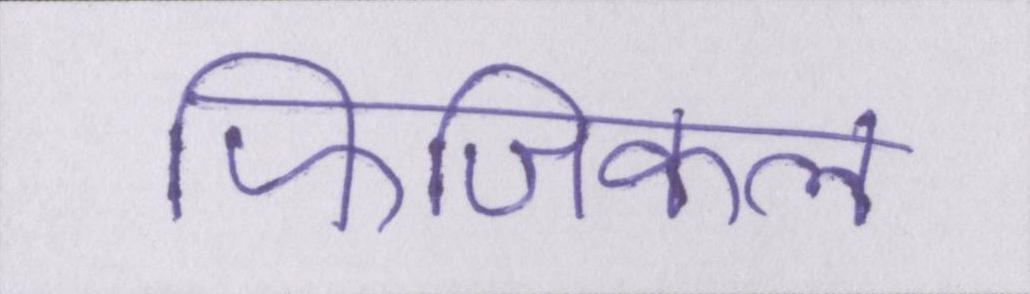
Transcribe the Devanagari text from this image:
फिजिकल